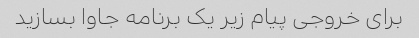
برای خروجی پیام زیر یک برنامه جاوا بسازید